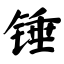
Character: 锤